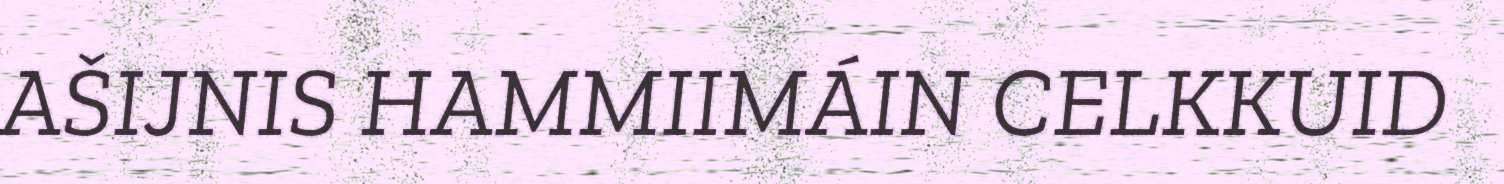
AŠIJNIS HAMMIIMÁIN CELKKUID